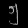
Digit: ၅